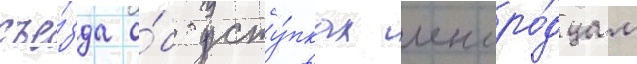
съе́зда о́б усту́пках иноро́дцам